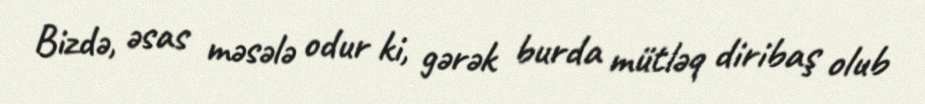
Bizdə, əsas məsələ odur ki, gərək burda mütləq diribaş olub